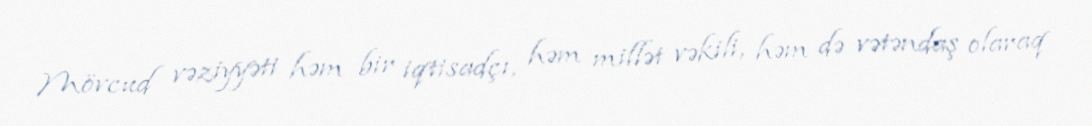
Mövcud vəziyyəti həm bir iqtisadçı, həm millət vəkili, həm də vətəndaş olaraq